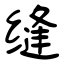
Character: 缝